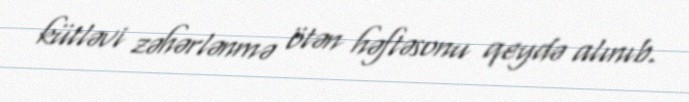
kütləvi zəhərlənmə ötən həftəsonu qeydə alınıb.